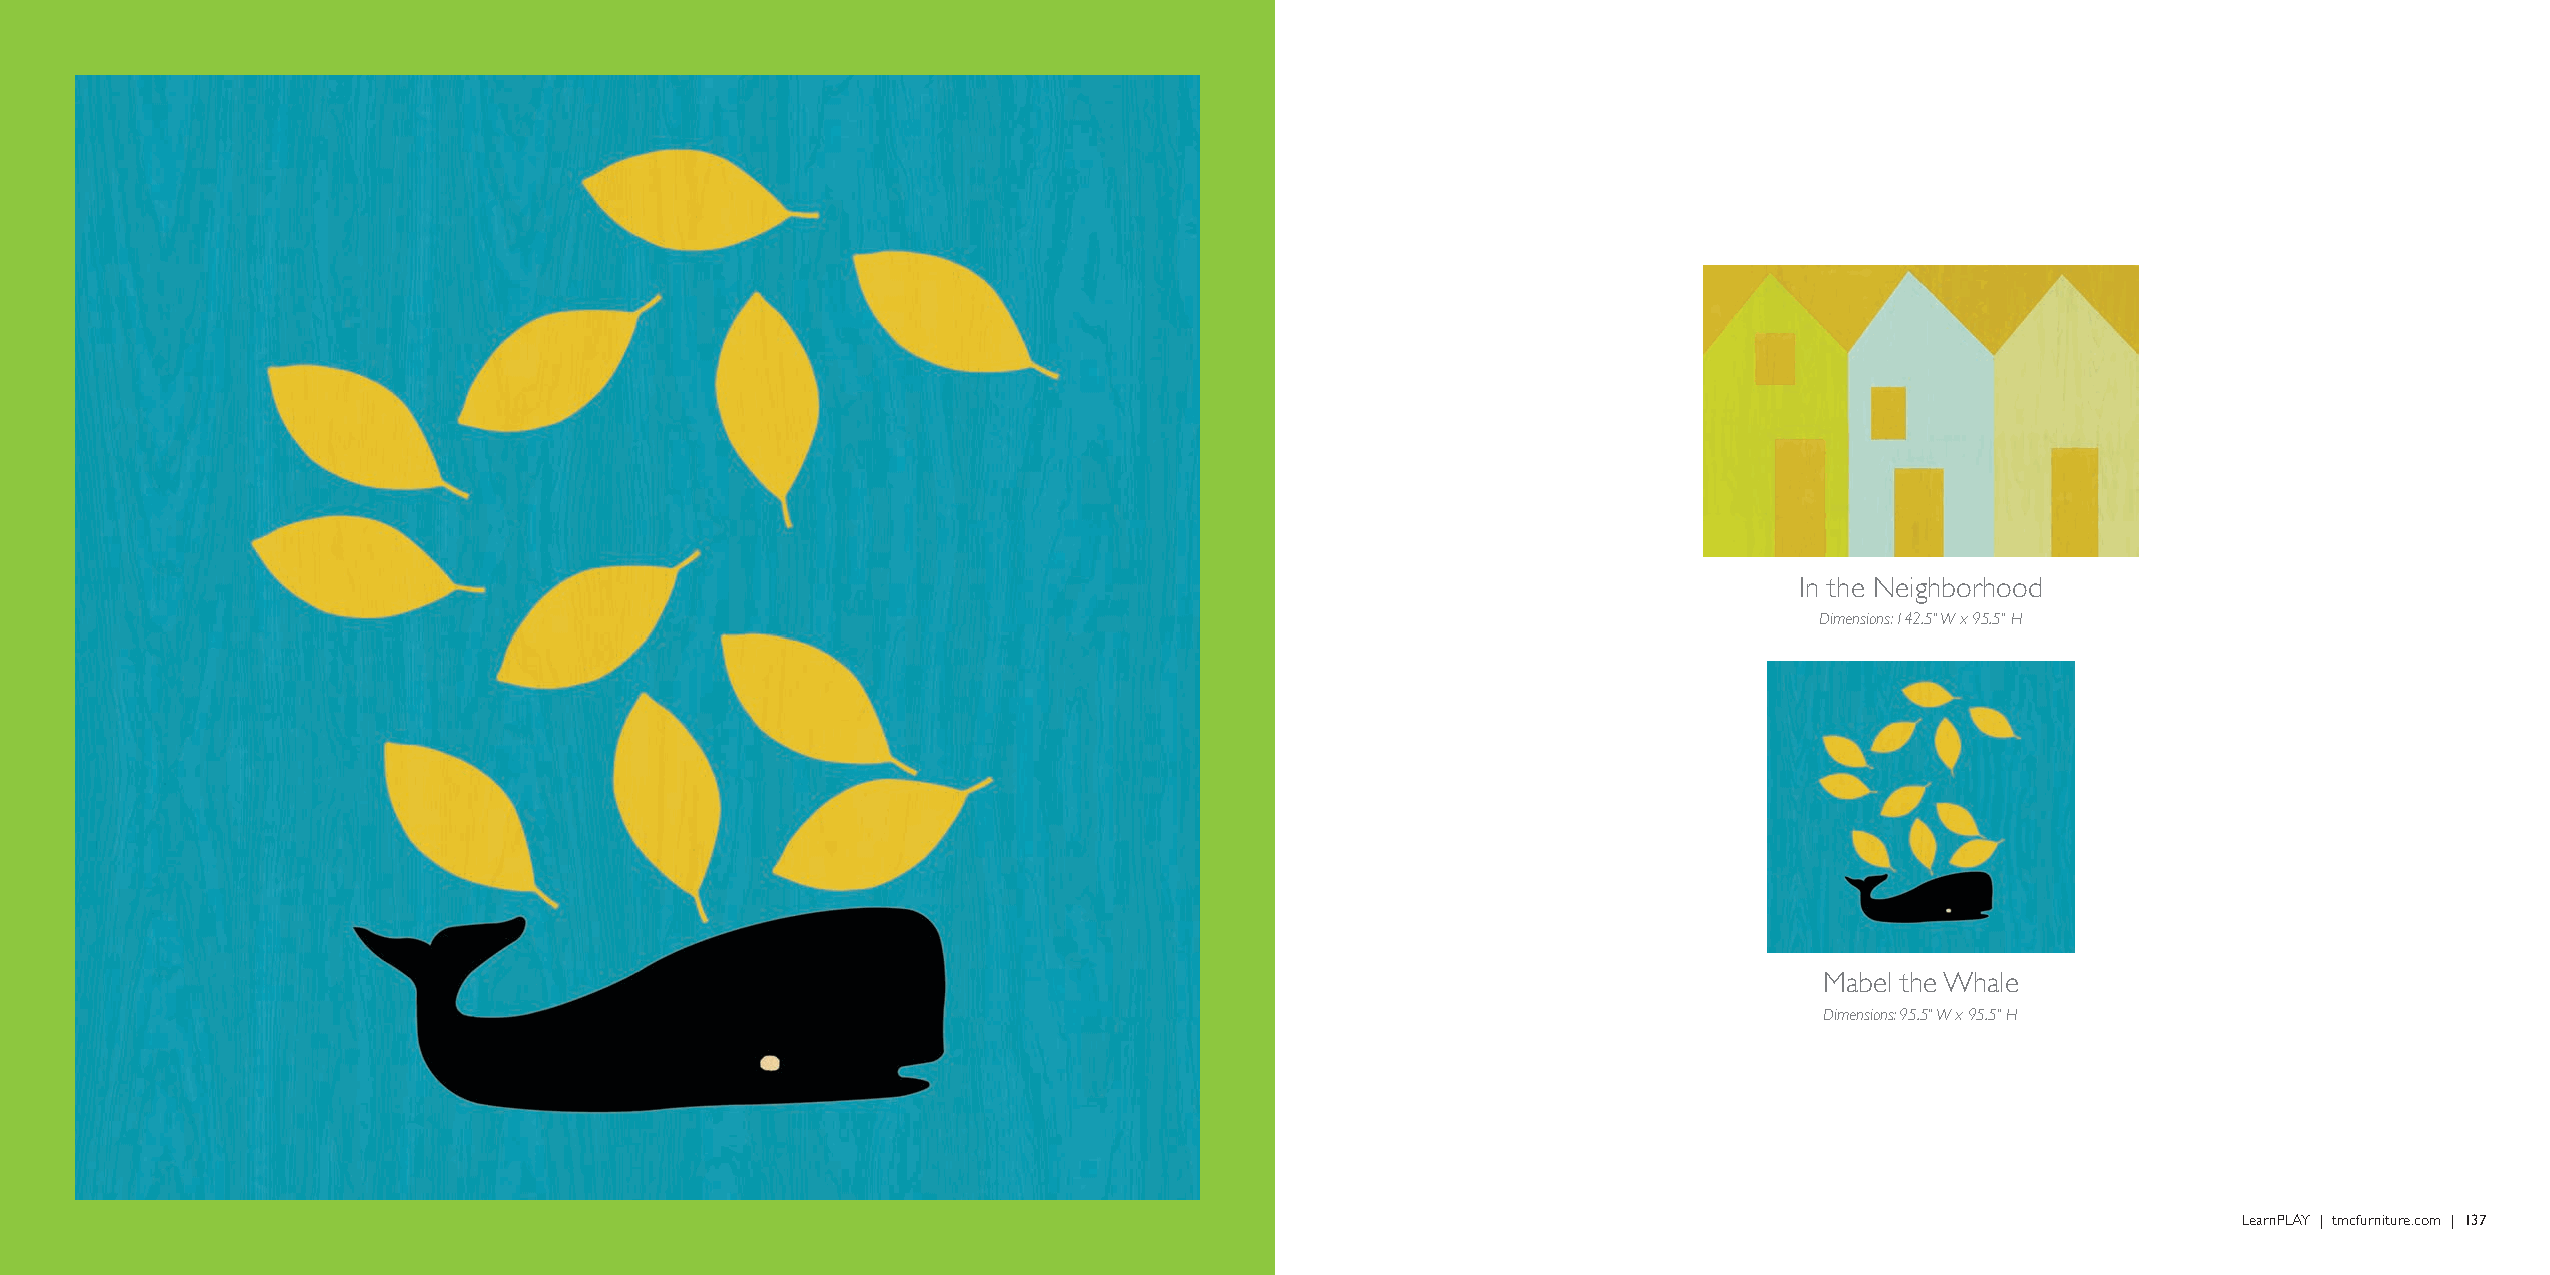
ImPrinted     Wall  Murals
 In the Neighborhood
 Dimensions: 142.5" W x 95.5" H
 Mabel the Whale
 Dimensions: 95.5" W x 95.5" H
 136 | LearnPLAY | tmcfurniture.com                                                                                                             LearnPLAY | tmcfurniture.com | 137